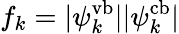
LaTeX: f_{k}=|\psi_{k}^{\mathrm{vb}}||\psi_{k}^{\mathrm{cb}}|